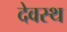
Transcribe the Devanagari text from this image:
देवस्थ